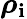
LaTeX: {\boldsymbol\rho}_{\mathbf{i}}